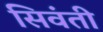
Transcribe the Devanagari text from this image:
सिवंती